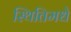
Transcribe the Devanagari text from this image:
स्थितिमधे